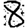
Digit: 8